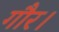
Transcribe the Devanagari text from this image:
गौर।